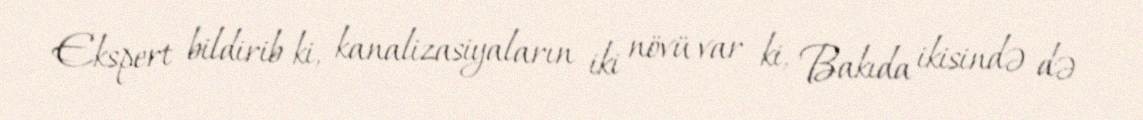
Ekspert bildirib ki, kanalizasiyaların iki növü var ki, Bakıda ikisində də